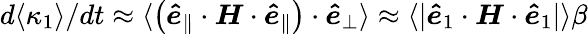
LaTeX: d\langle\kappa_{1}\rangle/dt\approx\langle\left(\boldsymbol{\hat{e}}_{\parallel}\cdot\boldsymbol{H}\cdot\boldsymbol{\hat{e}}_{\parallel}\right)\cdot\boldsymbol{\hat{e}}_{\perp}\rangle\approx\langle|\boldsymbol{\hat{e}}_{1}\cdot\boldsymbol{H}\cdot\boldsymbol{\hat{e}}_{1}|\rangle\beta